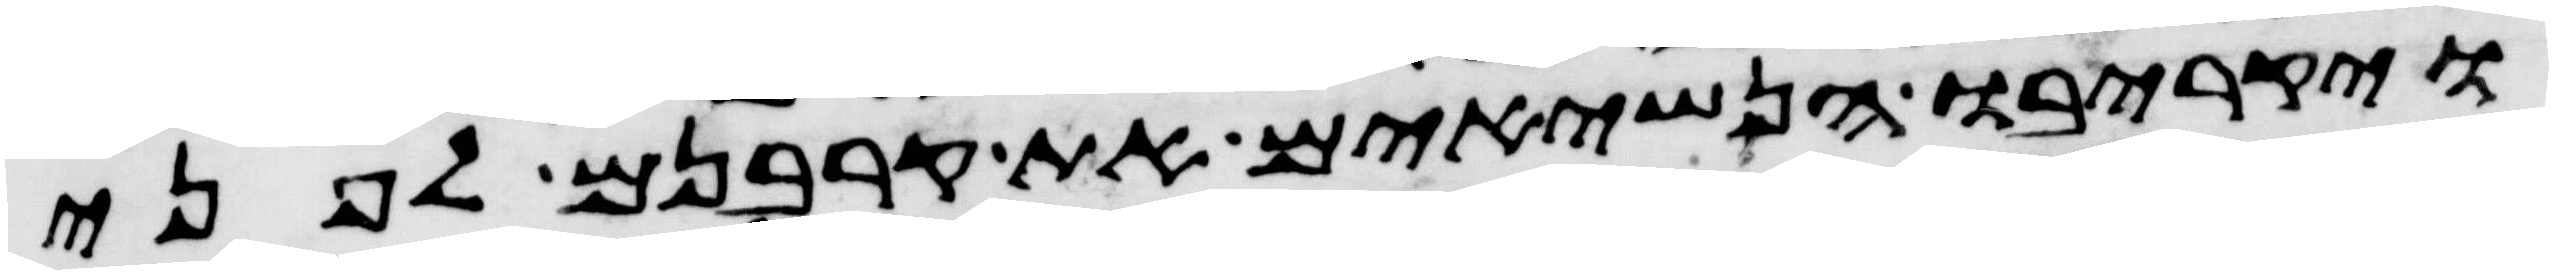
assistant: ויקריבו הנשיאים את קרבנם לפני